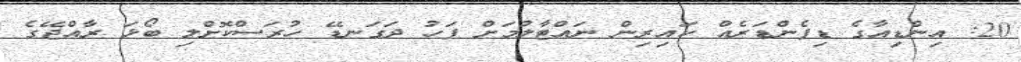
20: އިންޑިއާގެ ޑިފެންޑަރެއް ކައިރިން ނައްޓާލުމަށް ފަހު ދަގަނޑޭ ހުރަސްކޮށްލި ބޯޅަ ރާއްޖޭގެ